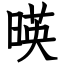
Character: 暎